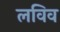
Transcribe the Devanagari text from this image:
लविव